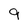
Character: 9